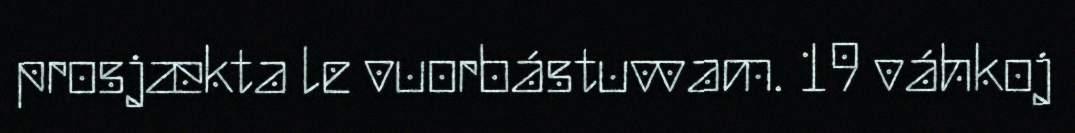
prosjækta le vuorbástuvvam. 19 váhkoj